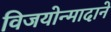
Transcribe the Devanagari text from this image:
विजयोन्मादाने